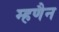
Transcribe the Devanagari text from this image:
म्हणैन